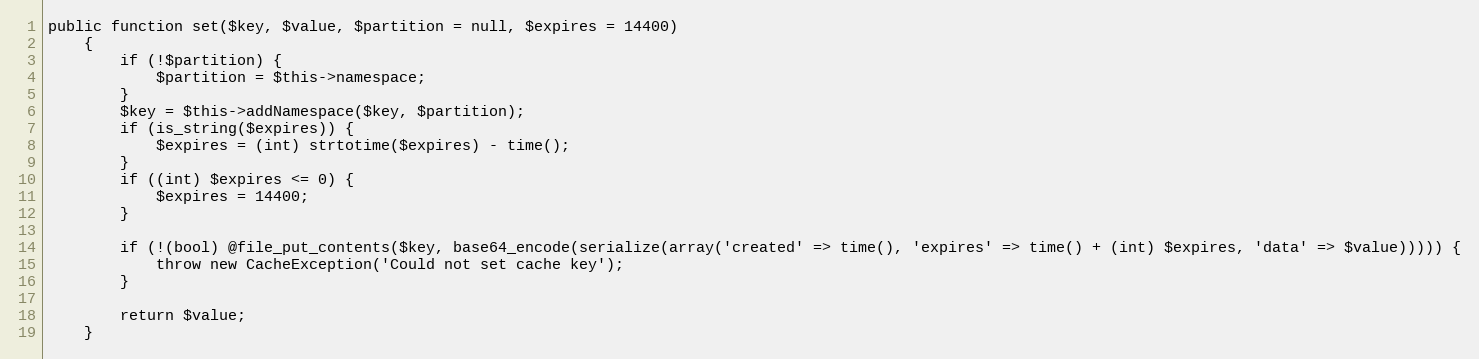
Language: PHP
public function set($key, $value, $partition = null, $expires = 14400)
    {
        if (!$partition) {
            $partition = $this->namespace;
        }
        $key = $this->addNamespace($key, $partition);
        if (is_string($expires)) {
            $expires = (int) strtotime($expires) - time();
        }
        if ((int) $expires <= 0) {
            $expires = 14400;
        }

        if (!(bool) @file_put_contents($key, base64_encode(serialize(array('created' => time(), 'expires' => time() + (int) $expires, 'data' => $value))))) {
            throw new CacheException('Could not set cache key');
        }

        return $value;
    }